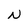
Character: N